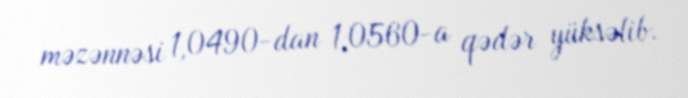
məzənnəsi 1,0490-dan 1,0560-a qədər yüksəlib.